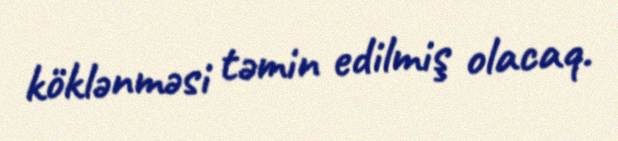
köklənməsi təmin edilmiş olacaq.